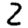
Digit: 2